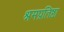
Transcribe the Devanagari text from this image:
श्रमप्रतिष्ठा